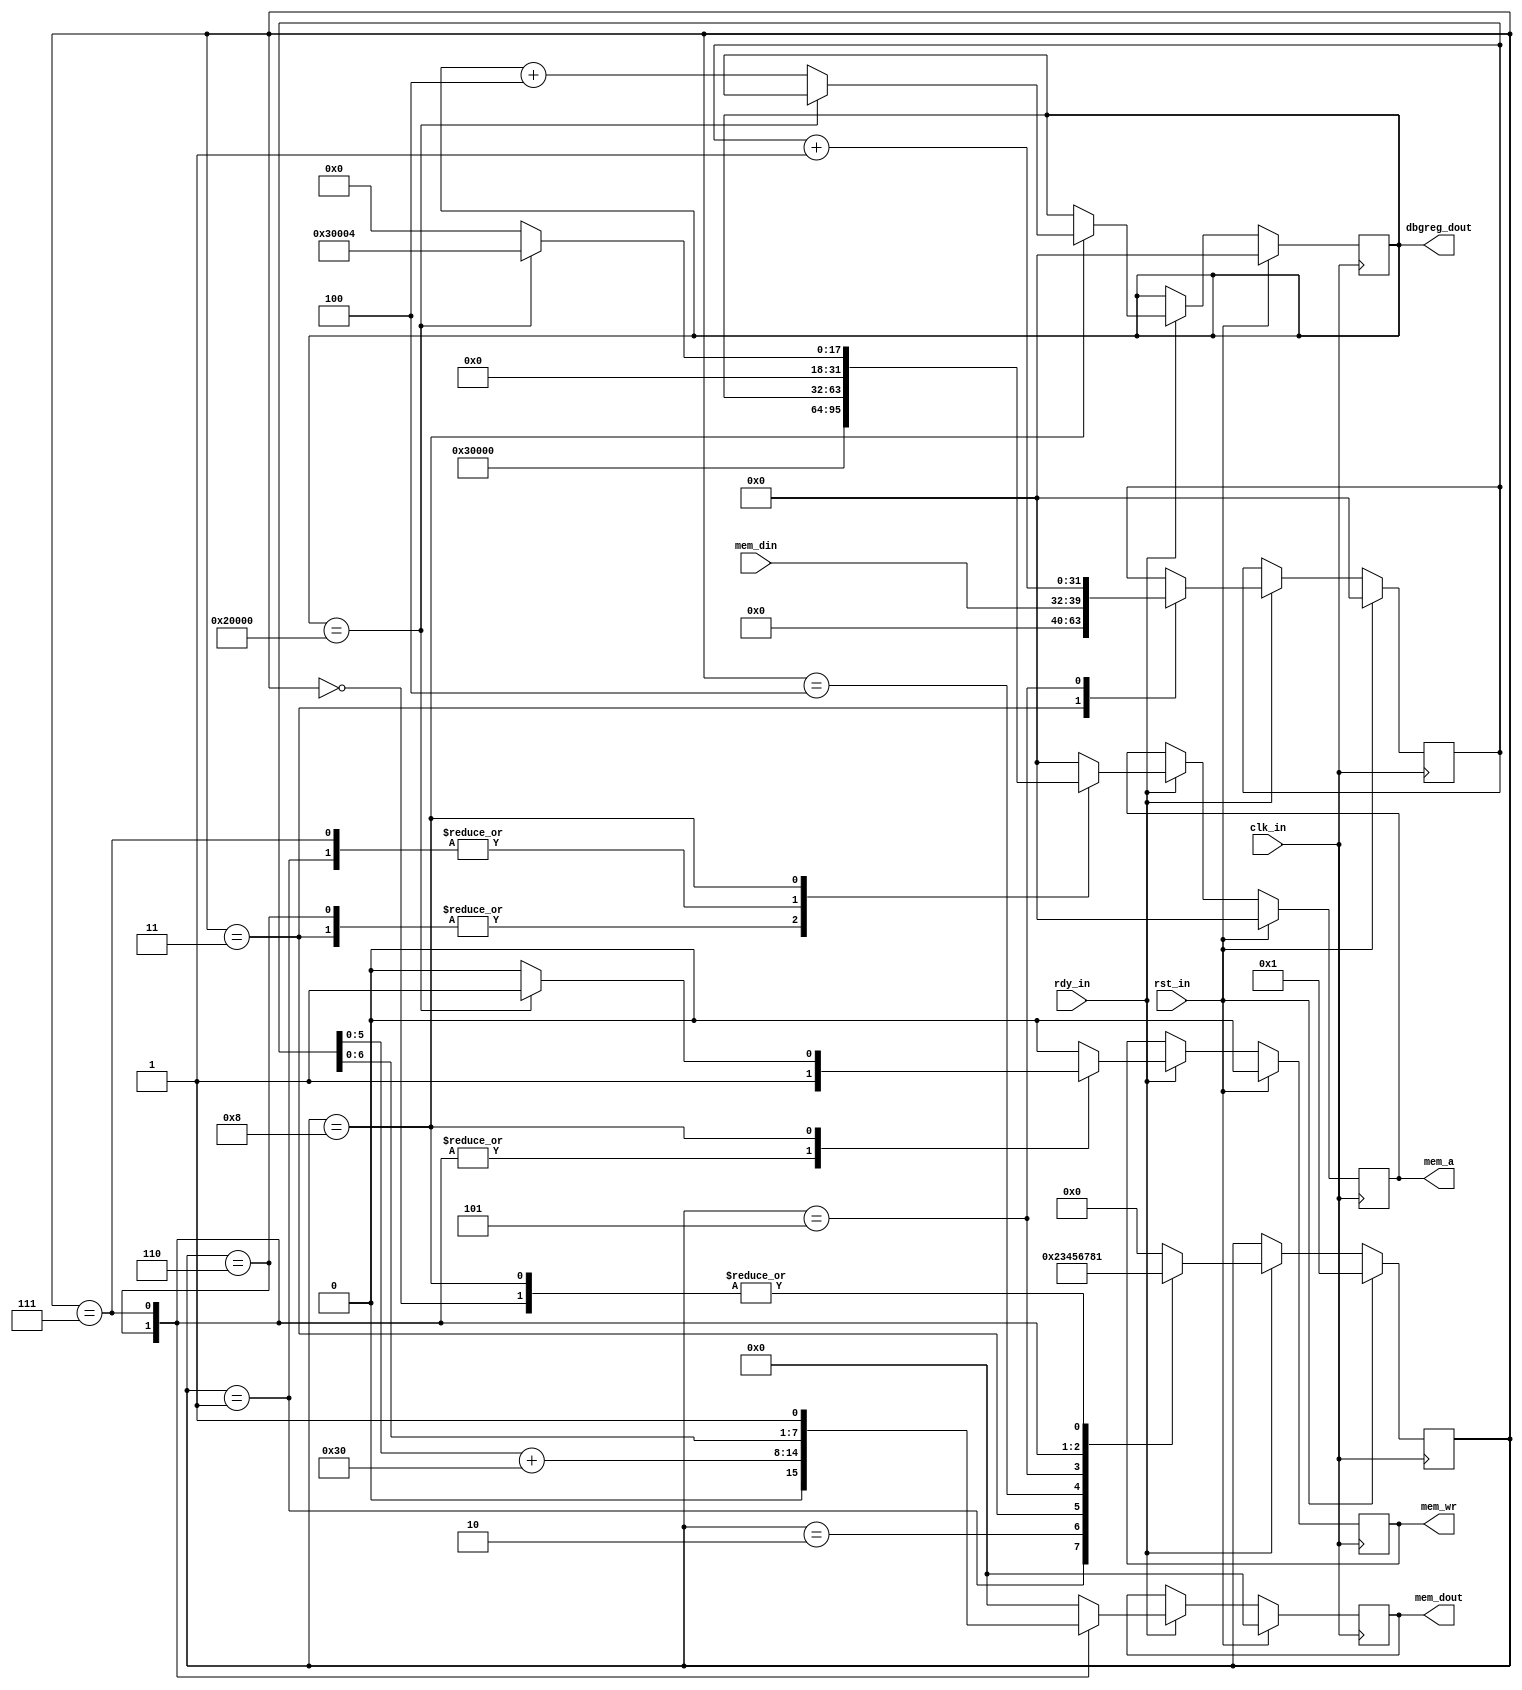
// fake cpu for demostrating memory & IO r/w
// will output junk bytes based on memory content

// features used
// - memory read/write
// - input/output
// - halt

module fakecpu(
    input  wire                 clk_in,
    input  wire                 rst_in,
    input  wire                 rdy_in,

    input  wire [ 7:0]          mem_din,
    output wire [ 7:0]          mem_dout,
    output wire [31:0]          mem_a,
    output wire                 mem_wr,

    output wire [31:0]          dbgreg_dout
);

reg[31:0]   q_pc, d_pc;               // fake pc
reg[31:0]   q_reg, d_reg;             // fake register
reg[31:0]   q_addr, d_addr;
reg[ 7:0]   q_dout, d_dout;
reg         q_wr, d_wr;
reg[ 3:0]   q_stage, d_stage;

localparam      S_T0    = 4'h0;
localparam      S_T1    = 4'h1;
localparam      S_T2    = 4'h2;
localparam      S_T3    = 4'h3;
localparam      S_T4    = 4'h4;
localparam      S_T5    = 4'h5;
localparam      S_T6    = 4'h6;
localparam      S_T7    = 4'h7;
localparam      S_T8    = 4'h8;

always @(posedge clk_in) begin
  if (rst_in)
    begin
      q_pc        <= 32'h00000000;
      q_reg       <= 32'h00000000;
      q_addr      <= 32'h00000000;
      q_dout      <= 32'h00000000;
      q_wr        <= 1'b0;
      q_stage     <= S_T1;
    end
  else if (rdy_in)
    begin
      q_pc        <= d_pc;
      q_reg       <= d_reg;
      q_addr      <= d_addr;
      q_dout      <= d_dout;
      q_wr        <= d_wr;
      q_stage     <= d_stage;
    end
  else
    begin
      q_pc        <= q_pc;
      q_reg       <= q_reg;
      q_addr      <= q_addr;
      q_dout      <= q_dout;
      q_wr        <= q_wr;
      q_stage     <= q_stage;
    end
end

always @(*) begin
  d_stage = S_T0;
  d_reg = q_reg;
  d_pc = q_pc;
  d_dout = 8'h00;
  d_wr = 1'b0;
  d_addr = 32'h00000000;

  case (q_stage)
    S_T0:
      d_stage = S_T1;
    S_T1:                         // memory read: address = pc
      begin
        d_addr = q_pc;
        d_stage = S_T2;
      end
    S_T2:                         // waiting data
      begin
        d_stage = S_T3;
      end
    S_T3:                         // data fetched, reading from input
      begin
        d_reg = mem_din;
        d_addr = 32'h00030000;
        d_stage = S_T4;
      end
    S_T4:                         // waiting data
      begin
        d_stage = S_T5;
      end
    S_T5:                         // data fetched
      begin
        // d_reg = q_reg + mem_din;  // will read 8'hxx in simulation
        d_reg = q_reg + 1'b1;
        d_stage = S_T6;
      end
    S_T6:
      begin                       // write to output
        d_addr = 32'h00030000;
        d_dout = {2'b00, q_reg[5:0]} + 8'h30;
        d_wr = 1'b1;
        d_stage = S_T7;
      end
    S_T7:                         // memory write: address = pc
      begin
        d_addr = q_pc;
        d_dout = {q_reg[6:0],1'b1};
        d_wr = 1'b1;
        d_stage = S_T8;
      end
    S_T8:                         // halt on reaching memory limit, else increase pc
      begin
        if (q_pc==32'h00020000)
          begin
            d_addr = 32'h00030004;
            d_wr = 1'b1;
          end
        else
          begin
            d_pc = q_pc + 4'h4;
          end
        d_stage = S_T1;
      end
  endcase
end

assign mem_a = q_addr;
assign mem_dout = q_dout;
assign mem_wr = q_wr;
assign dbgreg_dout = q_pc;

endmodule